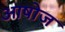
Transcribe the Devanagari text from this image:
आषोज